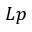
L p